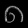
Digit: ၈